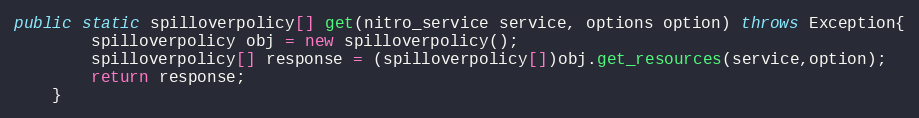
Language: Java
public static spilloverpolicy[] get(nitro_service service, options option) throws Exception{
		spilloverpolicy obj = new spilloverpolicy();
		spilloverpolicy[] response = (spilloverpolicy[])obj.get_resources(service,option);
		return response;
	}